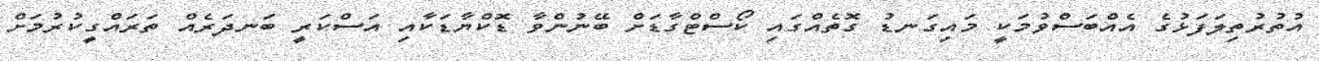
އުތުރުތިލަފަޅުގެ އެއްބަސްވުމަކީ މައިގަނޑު ގޮތެއްގައި ކޯސްޓްގާޑަށް ބޭނުންވާ ޑޮކްޔާޑަކާއި އަސްކަރީ ބަނދަރެއް ތަރައްގީކުރުމަށް